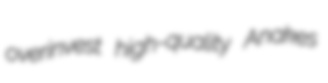
overinvest high-quality Anakes